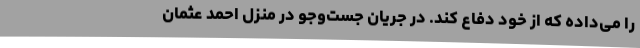
را می‌داده که از خود دفاع کند. در جریان جست‌وجو در منزل احمد عثمان